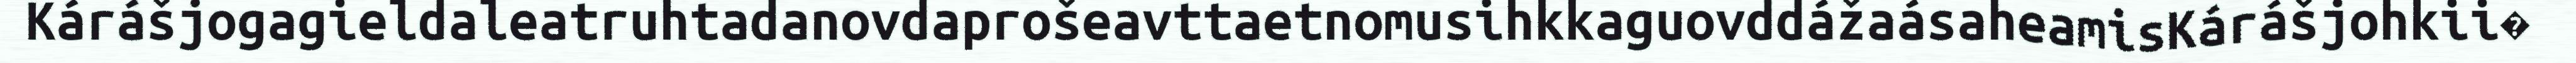
KárášjogagieldaleatruhtadanovdaprošeavttaetnomusihkkaguovddážaásaheamisKárášjohkii�